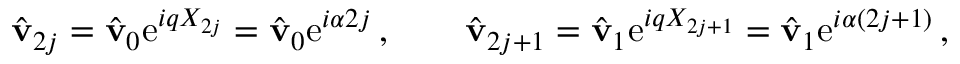
\hat { \mathbf { v } } _ { 2 j } = \hat { \mathbf { v } } _ { 0 } \mathrm { e } ^ { i q X _ { 2 j } } = \hat { \mathbf { v } } _ { 0 } \mathrm { e } ^ { i \alpha 2 j } \, , \qquad \hat { \mathbf { v } } _ { 2 j + 1 } = \hat { \mathbf { v } } _ { 1 } \mathrm { e } ^ { i q X _ { 2 j + 1 } } = \hat { \mathbf { v } } _ { 1 } \mathrm { e } ^ { i \alpha ( 2 j + 1 ) } \, ,